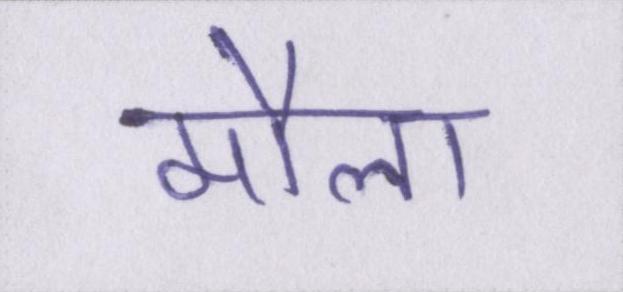
मौला